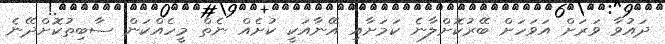
ދައުވާ ވަރަށް އަވަހަށް ބޭރުކޮށްލާނެ ކަމަށާއި އޭނާއަކީ ކުށެއް ނެތް މީހެއްކަން ސާބިތުކޮށްދޭނެ